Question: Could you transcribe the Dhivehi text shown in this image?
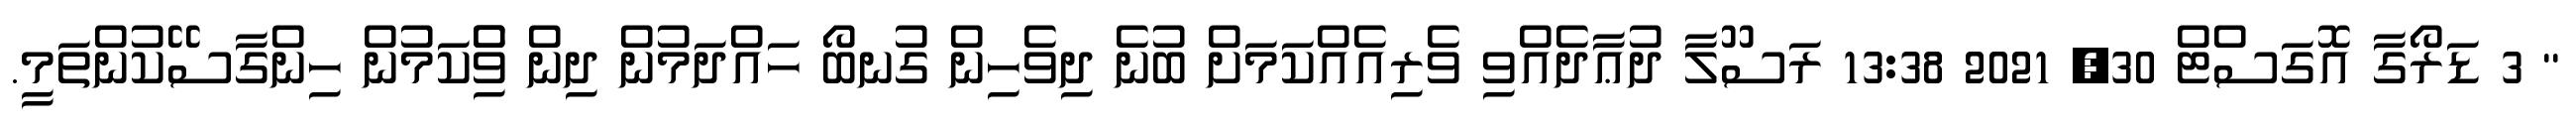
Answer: " 3 ޑަރޯގާ އޮގަސްޓް 30, 2021 13:38 ރަސޫލާ ދުޢާދެއްވި ވެރިއެއްކަމަށް ބުނެ ދިވެހިން ގުނބޯ ހައްދަމުން ދިން ވިެްކަމުން ހިންގާސޭކުންތަމީ.